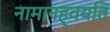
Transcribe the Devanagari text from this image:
नामानह्वयति